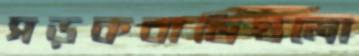
সড়কবাতিগুলো